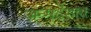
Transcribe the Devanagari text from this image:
जन्मदेशात